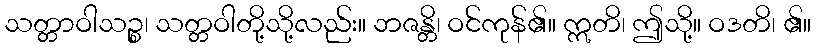
သတ္တာဝါသဉ္စ၊ သတ္တဝါတို့သို့လည်း။ ဘဇန္တိ၊ ဝင်ကုန်၏။ ဣတိ၊ ဤသို့။ ဝဒတိ၊ ၏။